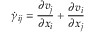
\dot { \gamma } _ { i j } = \frac { \partial v _ { j } } { \partial x _ { i } } + \frac { \partial v _ { i } } { \partial x _ { j } }